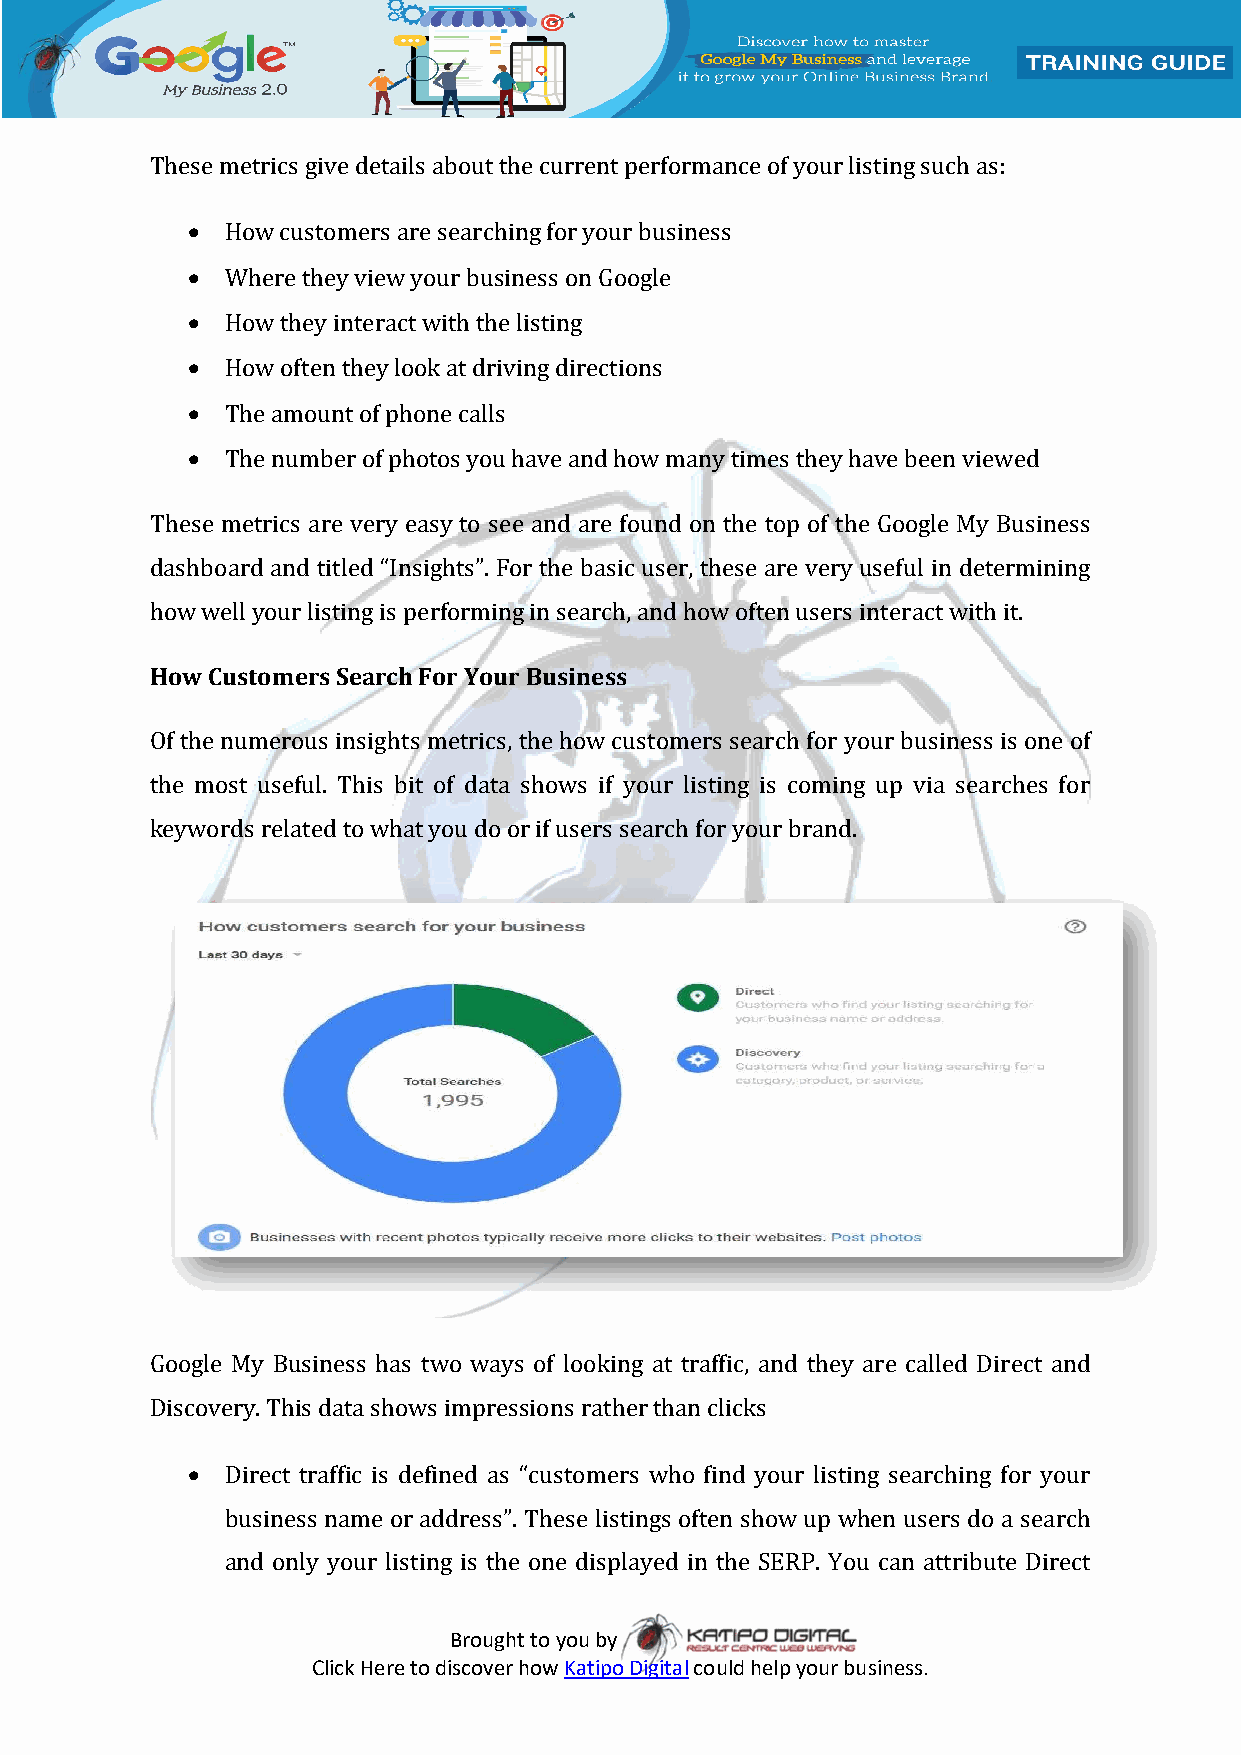
These metrics give details about the current performance of your listing such as:
   How customers are searching for your business
   Where they view your business on Google
   How they interact with the listing
   How often they look at driving directions
   The amount of phone calls
   The number of photos you have and how many times they have been viewed
 These metrics are very easy to see and are found on the top of the Google My Business
 dashboard and titled “Insights”. For the basic user, these are very useful in determining
 how well your listing is performing in search, and how often users interact with it.
 How Customers Search For Your Business
 Of the numerous insights metrics, the how customers search for your business is one of
 the most useful. This bit of data shows if your listing is coming up via searches for
 keywords related to what you do or if users search for your brand.
 Google My Business has two ways of looking at traffic, and they are called Direct and
 Discovery. This data shows impressions rather than clicks
   Direct traffic is defined as “customers who find your listing searching for your
 business name or address”. These listings often show up when users do a search
 and only your listing is the one displayed in the SERP. You can attribute Direct
 Brought to you by
 Click Here to discover how Katipo Digital could help your business.